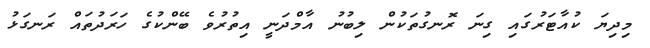
މިދިޔަ ކުއާޓަރުގައި ގިނަ ރޮނގުތަކުން ލިބުނު އާމްދަނީ އިތުރުވެ ބޭންކުގެ ހަރަދުތައް ރަނގަޅު